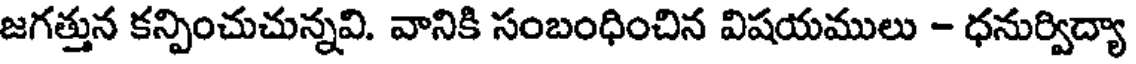
జగత్తున కన్పించుచున్నవి. వానికి సంబంధించిన విషయములు - ధనుర్విద్యా